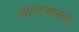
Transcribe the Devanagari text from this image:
जागरुकरता